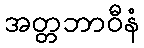
အတ္တဘာဝီနံ